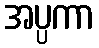
အပ္ပကာ